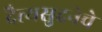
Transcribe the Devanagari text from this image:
दैत्यसुदनेचे